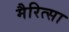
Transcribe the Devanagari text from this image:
मैरित्सा